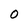
Character: O